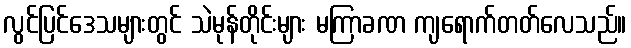
လွင်ပြင်ဒေသများတွင် သဲမုန်တိုင်းများ မကြာခဏ ကျရောက်တတ်လေသည်။